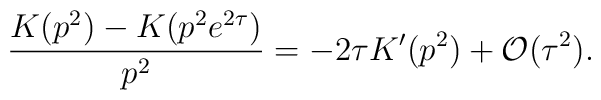
\frac{K(p^2)-K(p^2e^{2\tau})}{p^2}=-2\tau K'(p^2)+{\cal O}(\tau^2).